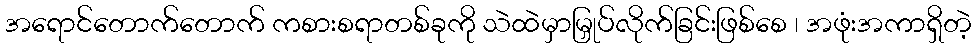
အရောင်တောက်တောက် ကစားစရာတစ်ခုကို သဲထဲမှာမြှုပ်လိုက်ခြင်းဖြစ်စေ ၊ အဖုံးအကာရှိတဲ့